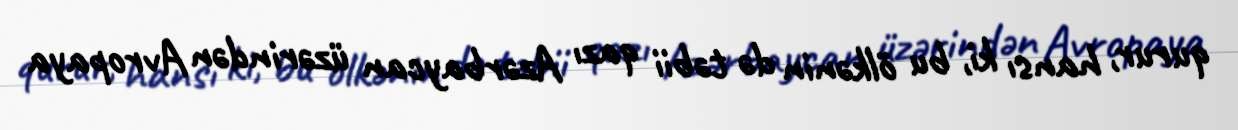
qurur, hansı ki, bu ölkənin də təbii qazı Azərbaycan üzərindən Avropaya